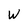
Character: W